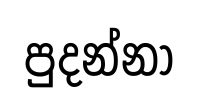
පුදන්නා